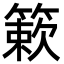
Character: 簌